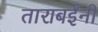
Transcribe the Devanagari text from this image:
ताराबईंनी